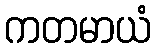
ကတမာယံ